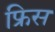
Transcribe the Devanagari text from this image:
फ्रिस